Treatise on elephants
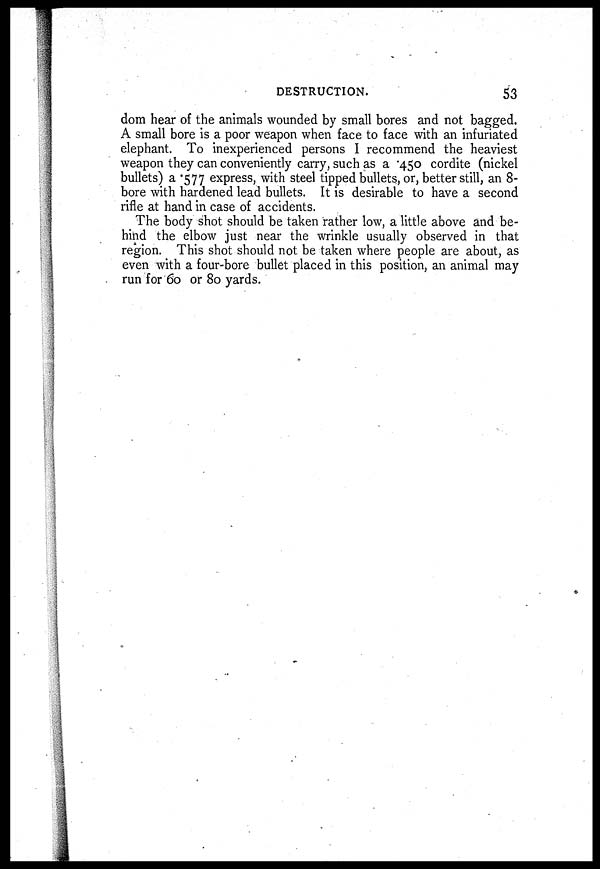
DESTRUCTION.
53
dom hear of the animals wounded by small bores and not bagged.
A small bore is a poor weapon when face to face with an infuriated
elephant. To inexperienced persons I recommend the heaviest
weapon they can conveniently carry, such as a 450 cordite (nickel
bullets) a .577 express, with steel tipped bullets, or, better still, an 8-
bore with hardened lead bullets. It is desirable to have a second
rifle at hand in case of accidents.
The body shot should be taken rather low, a little above and be-
hind the elbow just near the wrinkle usually observed in that
region. This shot should not be taken where people are about, as
even with a four-bore bullet placed in this position, an animal may
run for 60 or 80 yards.